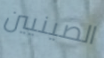
الصينيين